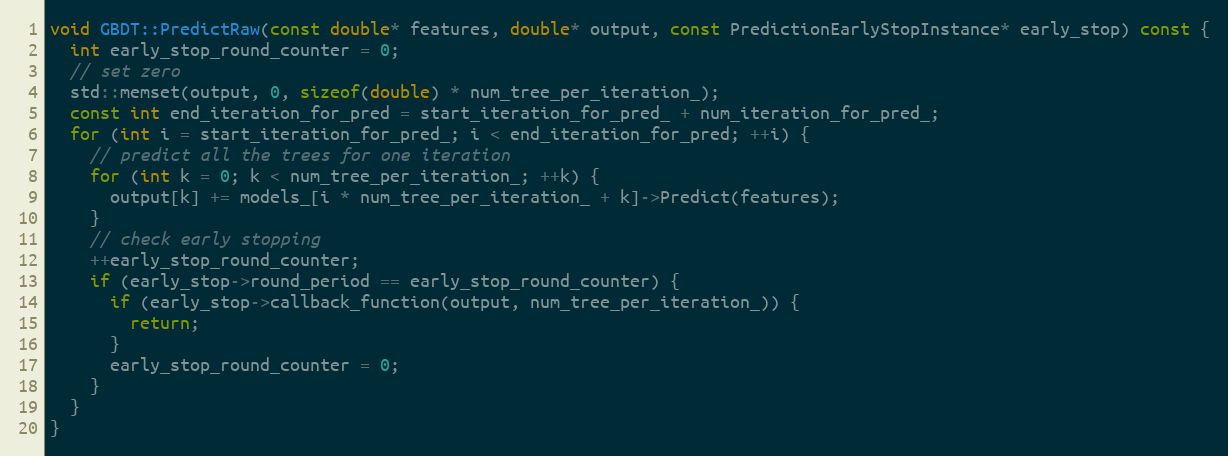
Language: C++
void GBDT::PredictRaw(const double* features, double* output, const PredictionEarlyStopInstance* early_stop) const {
  int early_stop_round_counter = 0;
  // set zero
  std::memset(output, 0, sizeof(double) * num_tree_per_iteration_);
  const int end_iteration_for_pred = start_iteration_for_pred_ + num_iteration_for_pred_;
  for (int i = start_iteration_for_pred_; i < end_iteration_for_pred; ++i) {
    // predict all the trees for one iteration
    for (int k = 0; k < num_tree_per_iteration_; ++k) {
      output[k] += models_[i * num_tree_per_iteration_ + k]->Predict(features);
    }
    // check early stopping
    ++early_stop_round_counter;
    if (early_stop->round_period == early_stop_round_counter) {
      if (early_stop->callback_function(output, num_tree_per_iteration_)) {
        return;
      }
      early_stop_round_counter = 0;
    }
  }
}